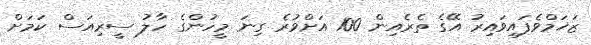
ޒަޚަމްވެފައިވައިރު އޭގެ ތެރެއިން 100 އަށްވުރެ ގިނަ މީހުންގެ ހާލު ސީރިއަސް ކަމަށް